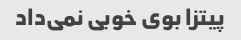
پیتزا بوی خوبی نمی‌داد